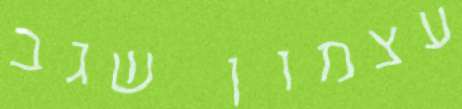
עצמון שגב